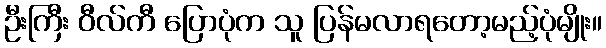
ဦးကြီး ဝီလ်ကီ ပြောပုံက သူ ပြန်မလာရတော့မည့်ပုံမျိုး။